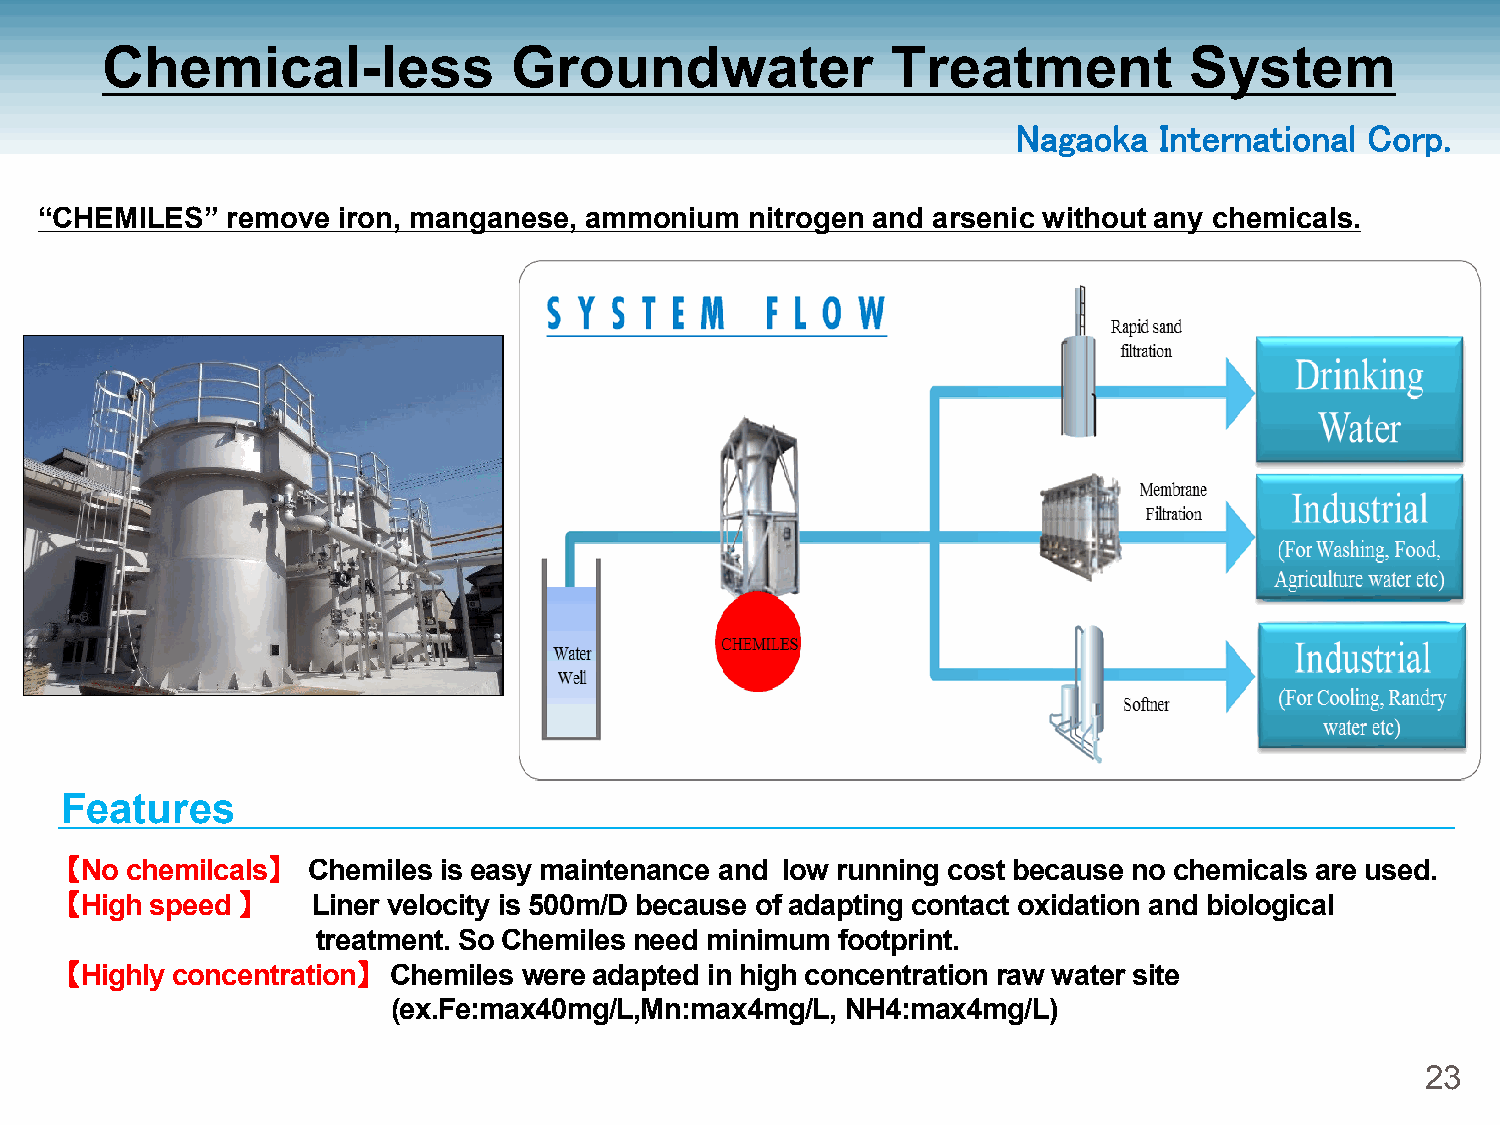
Chemical-less              Groundwater              Treatment           System
 Nagaoka   International Corp.
 “CHEMILES”  remove iron, manganese, ammonium   nitrogen and arsenic without any chemicals.
 Features
 【No chemilcals】 Chemiles is easy maintenance and low running cost because no chemicals are used.
 【High speed 】    Liner velocity is 500m/D because of adapting contact oxidation and biological
 treatment. So Chemiles need minimum footprint.
 【Highly concentration】 Chemiles were adapted in high concentration raw water site
 (ex.Fe:max40mg/L,Mn:max4mg/L, NH4:max4mg/L)
 23